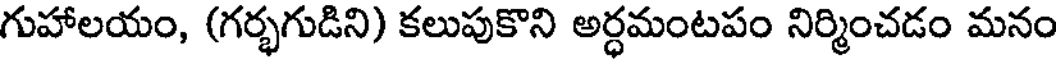
గుహాలయం, (గర్భగుడిని) కలుపుకొని అర్ధమంటపం నిర్మించడం మనం